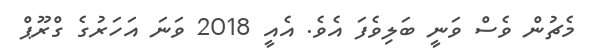
މެޗުން ވެސް ވަނީ ބަލިވެފަ އެވެ. އެއީ 2018 ވަނަ އަހަރުގެ ގްރޫޕް